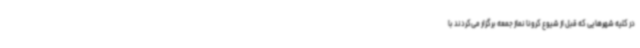
در کلیه شهرهایی که قبل از شیوع کرونا نماز جمعه برگزار می‌کردند با